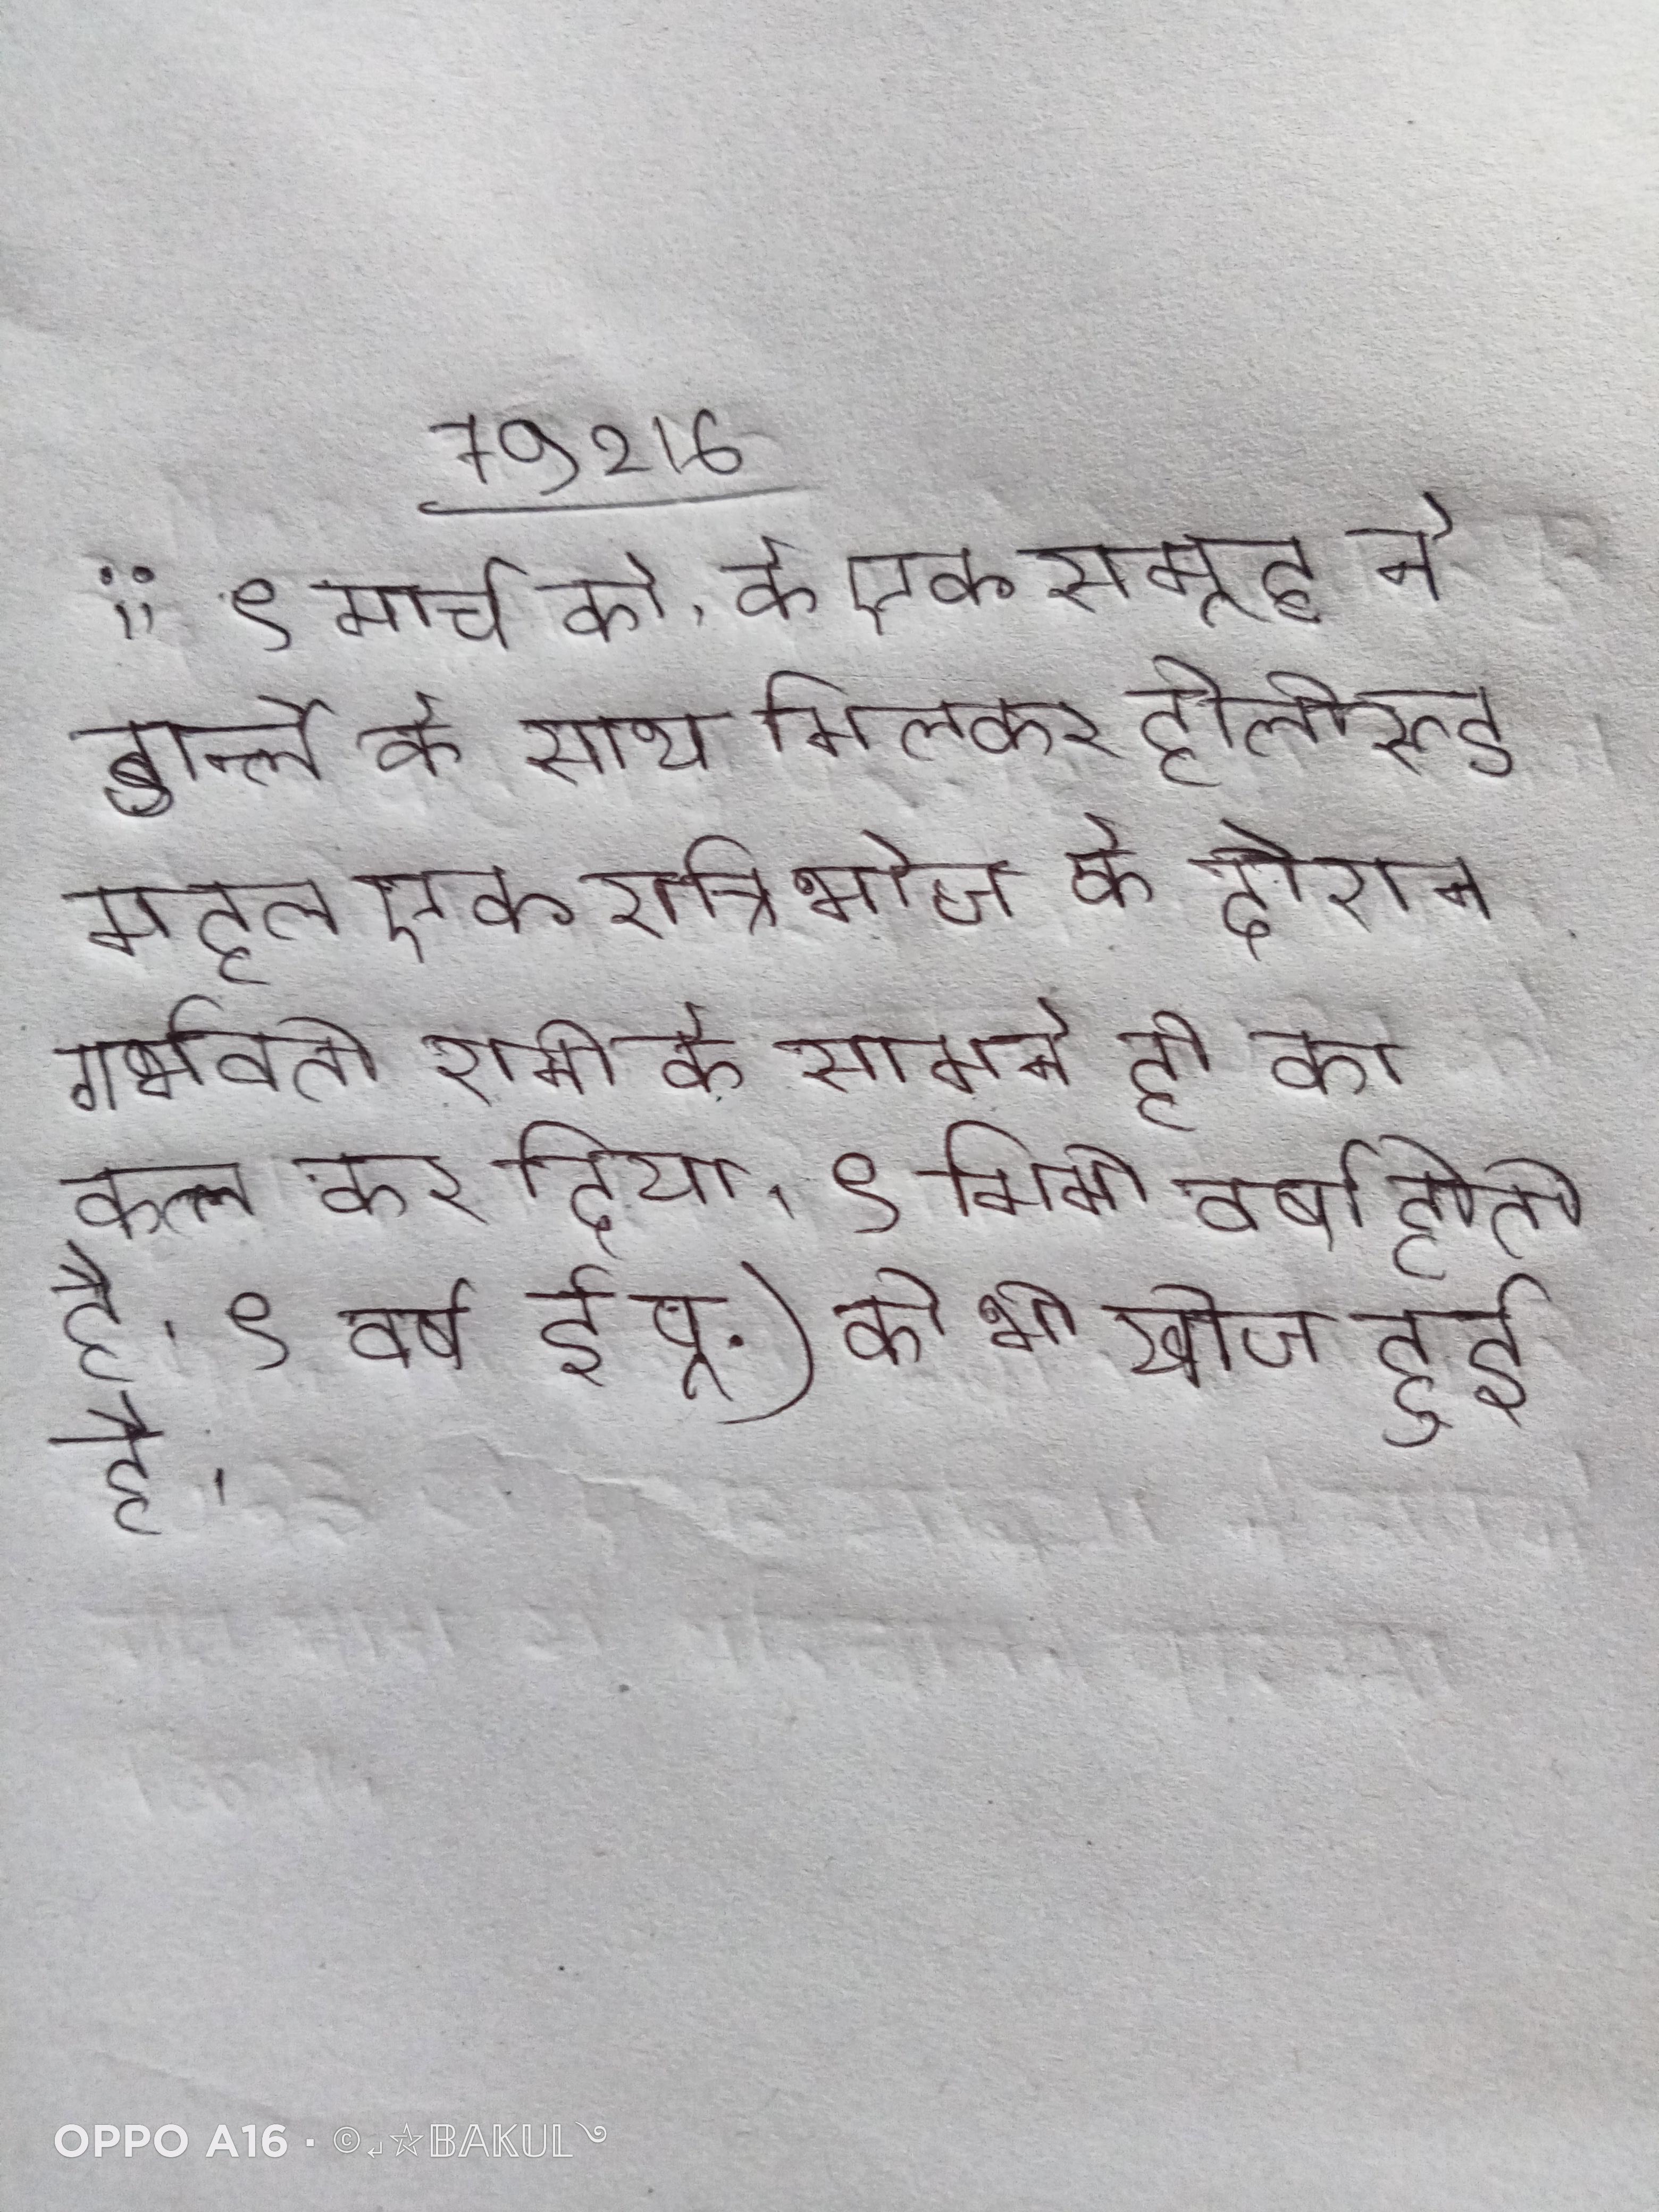
;; ९ मार्च को, के एक समूह ने डार्न्ले के साथ मिलकर होलीरूड महल एक रात्रिभोज के दौरान गर्भवती रानी के सामने ही का कत्ल कर दिया । ९ मिमी वर्षा होती है । ९ वर्ष ई.पू.) की भी खोज हुई है ।